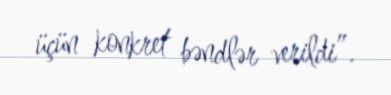
üçün konkret bəndlər verildi”.